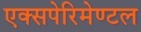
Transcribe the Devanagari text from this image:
एक्सपेरिमेण्टल